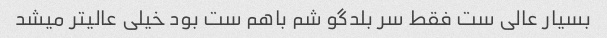
بسیار عالی ست فقط سر بلدگو شم باهم ست بود خیلی عالیتر میشد